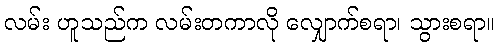
လမ်း ဟူသည်က လမ်းတကာလို လျှောက်စရာ၊ သွားစရာ။